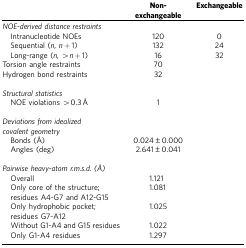
|  | Non-exchangeable | Exchangeable |
 | --- | --- | --- |
 | <COLSPAN=3> NOE-derived distance restraints |
 | Intranucleotide NOEs | 120 | 0 |
 | Sequential (n, n+1) | 132 | 24 |
 | Long-range (n, >n+1) | 16 | 32 |
 | Torsion angle restraints | 70 |  |
 | Hydrogen bond restraints | 32 |  |
 |  |  |  |
 | <COLSPAN=3> Structural statistics |
 | NOE violations >0.3 Å | 1 |  |
 |  |  |  |
 | <COLSPAN=3> Deviations from idealized covalent geometry |
 | Bonds (Å) | 0.024±0.000 |  |
 | Angles (deg) | 2.641±0.041 |  |
 |  |  |  |
 | <COLSPAN=3> Pairwise heavy-atom r.m.s.d. (Å) |
 | Overall | 1.121 |  |
 | Only core of the structure; residues A4-G7 and A12-G15 | 1.081 |  |
 | Only hydrophobic pocket; residues G7-A12 | 1.025 |  |
 | Without G1-A4 and G15 residues | 1.022 |  |
 | Only G1-A4 residues | 1.297 |  |